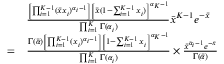
{ \begin{array} { r l } & { { \frac { \left[ \prod _ { i = 1 } ^ { K - 1 } ( { \bar { x } } x _ { i } ) ^ { \alpha _ { i } - 1 } \right] \left[ { \bar { x } } ( 1 - \sum _ { i = 1 } ^ { K - 1 } x _ { i } ) \right] ^ { \alpha _ { K } - 1 } } { \prod _ { i = 1 } ^ { K } \Gamma ( \alpha _ { i } ) } } { \bar { x } } ^ { K - 1 } e ^ { - { \bar { x } } } } \\ { = } & { { \frac { \Gamma ( { \bar { \alpha } } ) \left[ \prod _ { i = 1 } ^ { K - 1 } ( x _ { i } ) ^ { \alpha _ { i } - 1 } \right] \left[ 1 - \sum _ { i = 1 } ^ { K - 1 } x _ { i } \right] ^ { \alpha _ { K } - 1 } } { \prod _ { i = 1 } ^ { K } \Gamma ( \alpha _ { i } ) } } \times { \frac { { \bar { x } } ^ { { \bar { \alpha } } _ { i } - 1 } e ^ { - { \bar { x } } } } { \Gamma ( { \bar { \alpha } } ) } } } \end{array} }